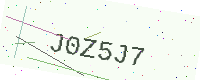
Text: J0Z5J7